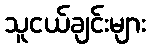
သူငယ်ချင်းများ